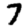
Digit: 7